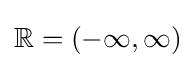
\mathbb {R} =(-\infty ,\infty )